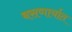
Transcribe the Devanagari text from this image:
बसणार्यात